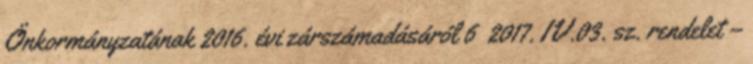
Önkormányzatának 2016. évi zárszámadásáról 6 2017. IV.03. sz. rendelet –